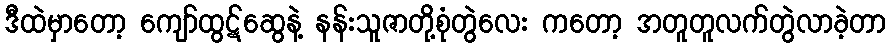
ဒီထဲမှာတော့ ကျော်ထွဋ်ဆွေနဲ့ နန်းသူဇာတို့စုံတွဲလေး ကတော့ အတူတူလက်တွဲလာခဲ့တာ